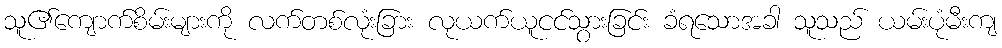
သူ၏ကျောက်စိမ်းများကို လက်တစ်လုံးခြား လုယက်ယူငင်သွားခြင်း ခံရသောအခါ သူသည် ယမ်းပုံမီးကျ